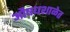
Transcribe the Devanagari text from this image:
औषधशाळेत